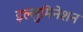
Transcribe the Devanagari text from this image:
इल्लुमिनेशन